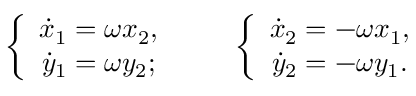
\begin{array} { r } { \left\{ \begin{array} { c } { \dot { x } _ { 1 } = \omega x _ { 2 } , } \\ { \dot { y } _ { 1 } = \omega y _ { 2 } ; } \end{array} \right. \qquad \left\{ \begin{array} { c } { \dot { x } _ { 2 } = - \omega x _ { 1 } , } \\ { \dot { y } _ { 2 } = - \omega y _ { 1 } . } \end{array} \right. } \end{array}